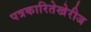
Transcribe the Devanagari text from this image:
पत्रकारितेखेरीज